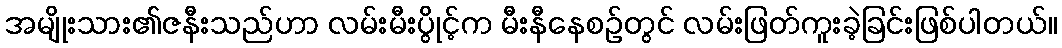
အမျိုးသား၏ဇနီးသည်ဟာ လမ်းမီးပွိုင့်က မီးနီနေစဥ်တွင် လမ်းဖြတ်ကူးခဲ့ခြင်းဖြစ်ပါတယ်။